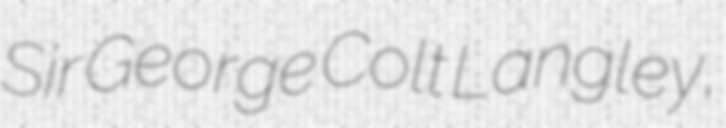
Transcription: Sir George Colt Langley,